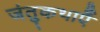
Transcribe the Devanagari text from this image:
जंतुकथाएँ